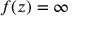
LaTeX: f ( z ) = \infty